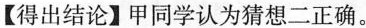
【得出结论】甲同学认为猜想二正确。